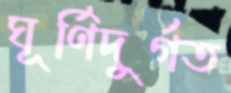
ঘূর্ণিদুর্গত